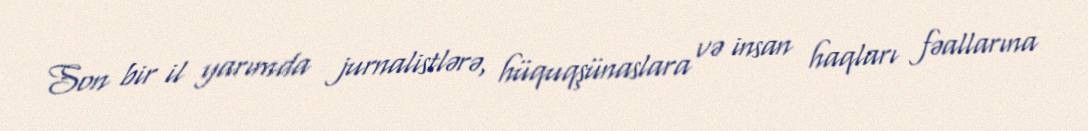
Son bir il yarımda jurnalistlərə, hüquqşünaslara və insan haqları fəallarına